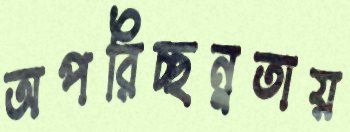
অপরিচ্ছন্নতায়